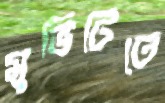
মুভিটিতে